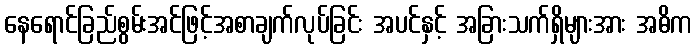
နေရောင်ခြည်စွမ်းအင်ဖြင့်အစာချက်လုပ်ခြင်း အပင်နှင့် အခြားသက်ရှိများအား အဓိက